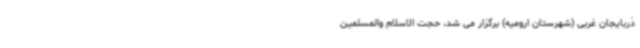
ذربایجان غربی (شهرستان ارومیه) برگزار می شد، حجت الاسلام والمسلمین